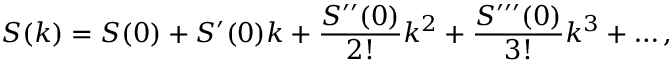
S ( k ) = S ( 0 ) + S ^ { \prime } ( 0 ) k + \frac { S ^ { \prime \prime } ( 0 ) } { 2 ! } k ^ { 2 } + \frac { S ^ { \prime \prime \prime } ( 0 ) } { 3 ! } k ^ { 3 } + \dotsc ,